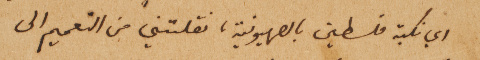
اي نكبة فلسطين بالصهيونية، نقلتني من التعميم الى